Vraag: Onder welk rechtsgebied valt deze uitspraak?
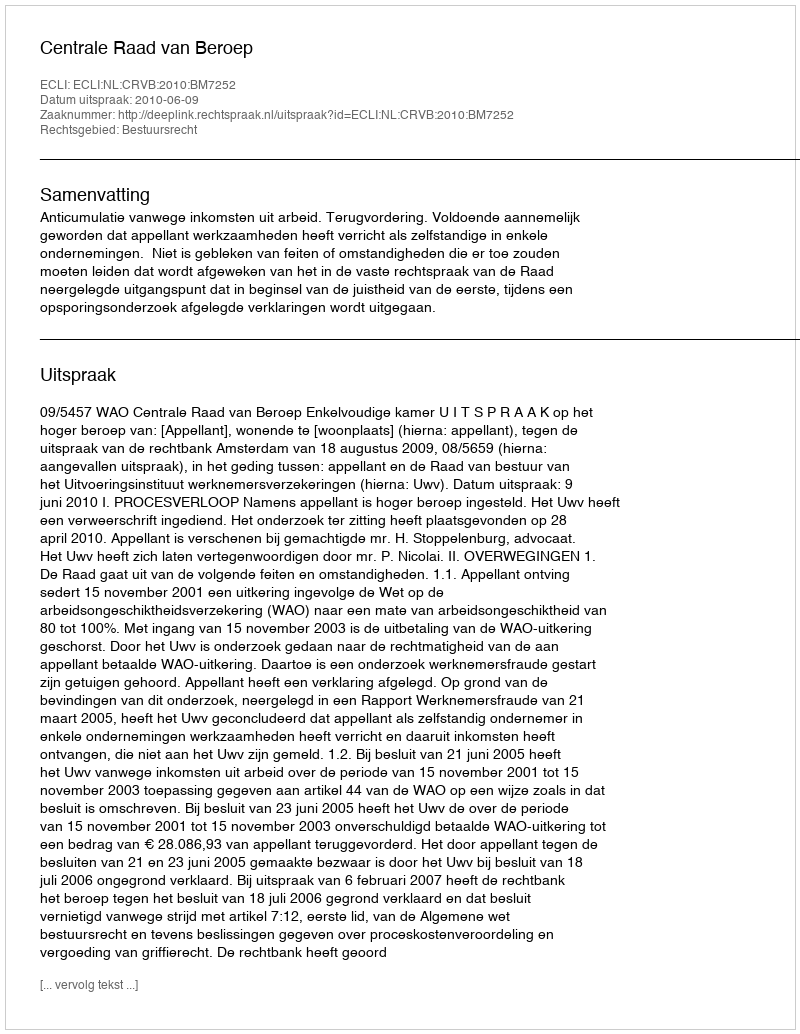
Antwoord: Bestuursrecht